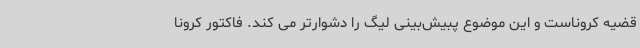
قضیه کروناست و این موضوع پبیش‌بینی لیگ را دشوارتر می کند. فاکتور کرونا